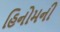
હિનોમની